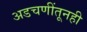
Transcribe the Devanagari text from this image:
अडचणींतूनही